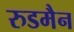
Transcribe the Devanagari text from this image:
रुडमैन